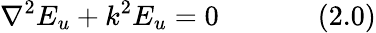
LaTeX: \nabla^{2}E_{u}+k^{2}E_{u}=0~~~~~~~~~~~~~~(2.0)